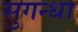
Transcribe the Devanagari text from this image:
सुगन्धा